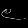
Digit: ၉